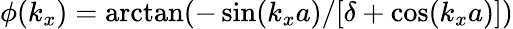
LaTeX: \phi(k_{x})=\arctan(-\sin(k_{x}a)/[\delta+\cos(k_{x}a)])